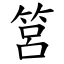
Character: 筥